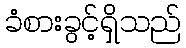
ခံစားခွင့်ရှိသည်